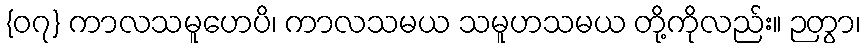
{၀၇} ကာလသမူဟေပိ၊ ကာလသမယ သမူဟသမယ တို့ကိုလည်း။ ဉတွာ၊